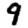
Digit: 9